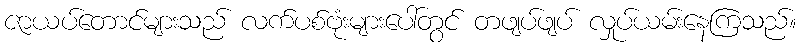
ဇာယပ်တောင်များသည် လက်ပစ်ဗုံးများပေါ်တွင် တဖျပ်ဖျပ် လှုပ်ယမ်းနေကြသည်။